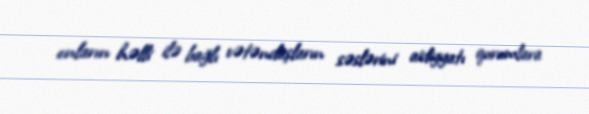
onların həlli ilə bağlı vətəndaşların səslərini aidiyyatı qurumlara